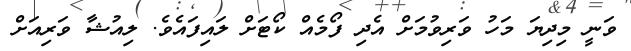
ވަނީ މިދިޔަ މަހު ވަރިވުމަށް އެދި ފޯމެއް ކޯޓަށް ލައިފައެވެ. ލިއުޝާ ވަރިއަށް